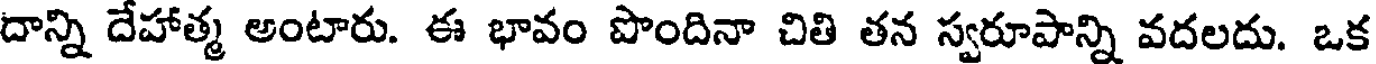
దాన్ని దేహాత్మ అంటారు. ఈ భావం పొందినా చితి తన స్వరూపాన్ని వదలదు. ఒక